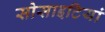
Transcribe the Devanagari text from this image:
सोसाइटियां